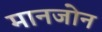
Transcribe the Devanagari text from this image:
मानजोन